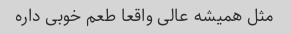
مثل همیشه عالی واقعا طعم خوبی داره